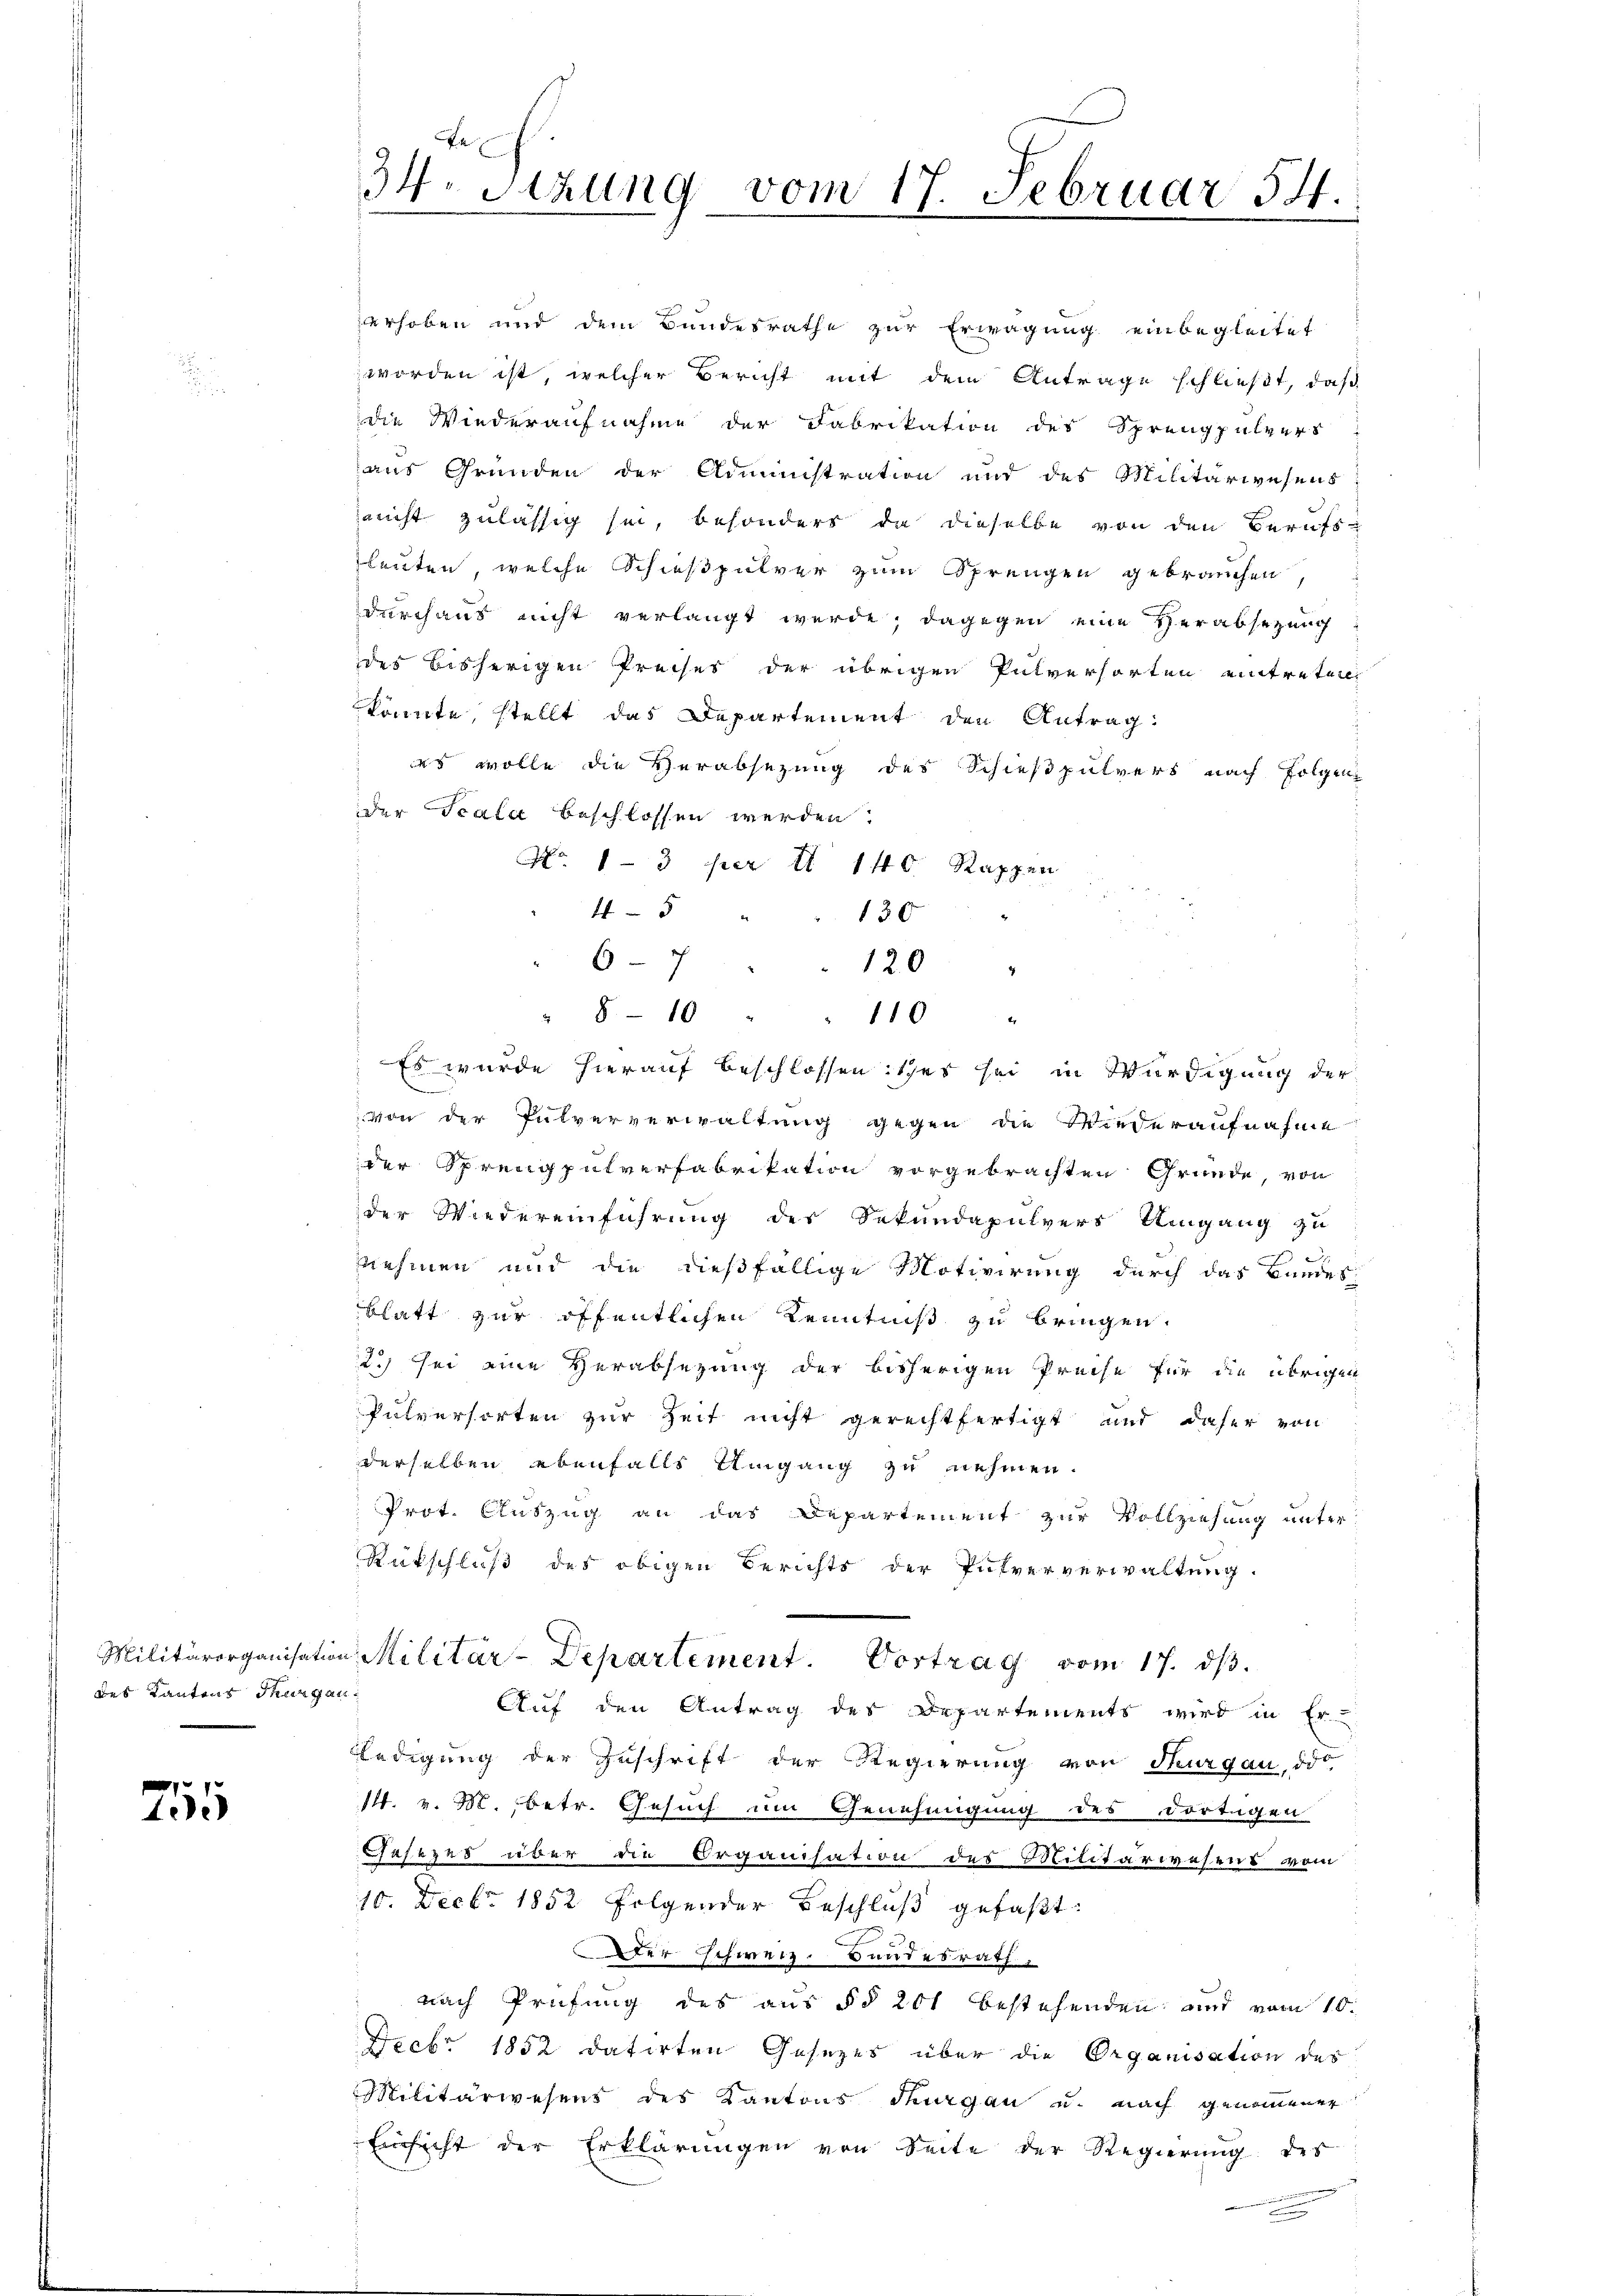
Militärorganisatio
des Kantons Thurgau¬

75

34. Szung vom 17. Februar 54.

erhoben und dem Bundesrathe zur Erwägung einbegleitet
worden ist, welcher Bericht mit dem Antrage schließt, daß
die Wiederaufnahme der Fabrikation des Sprengpulvers
aus Grunden der Administration und des Militärwesens
nicht zulässig sei, besonders da dieselbe von den Berufs-
leuten, welche Schießpulver zum Sprengen gebrauchen,
durchaus nicht verlangt werde; dagegen eine Verabsezung
des bisherigen Preises der übrigen Pulversorten eintreten.
könnte, stellt das Departement den Antrag:
s wolle die Verabsezung des Schießpulvers nach Folgen
der Scala beschlossen werden.
No 1-3 per II 140. Rappen
45
4
130
" 8-10 " " 110 "
 Es wurde hierauf beschlossen isches sei in Würdigung der
von der Pulververwaltung gegen die Wiederaufnahme
der Sprengpulverfabrikation vorgebrachten Gründe, von
der Wiedereinführung des Sekundapulvers Umgang zu
.
nnehmen und die dießfällige Motivirung durch das Bundes
blatt zur öffentlichen Kenntniß zu bringen.
2.) Sei eine Herabsezung der bisherigen Preise für die übrigen
Pulversorten zur Zeit nicht gerechtfertigt und daher von
derselben ebenfalls Umgang zu nehmen.
Prot. Auszug an das Departement zur Vollziehung unter
Rückschluß des obigen Berichts der Pulververwaltung.
in Militär-Departement. Vortrag vom 17. dβ.
Auf den Antrag des Departements wird in Er
ledigung der Zuschrift der Regierung von Thurgau, ddo.
14. v. M. betr. Gesuch um Genehmigung des Dortigen
asezes über die Organisation des Militärwesens vom
10. Decbr. 1852 folgender Beschluß gefaßt:
Der schweiz. Bundesrath
nach Prüfung des aus §§ 201 bestehenden und vom 10.
Feebr 1852 datirten Gesezes über die Organisation des
Militärwesens des Kantons Thurgau u. nach genommener
Einsicht der Erklärungen von Seite der Regierung des

67

120

.